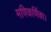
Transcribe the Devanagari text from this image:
मणिकर्णिका।